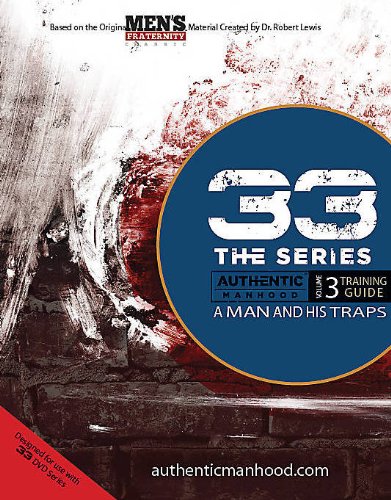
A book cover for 33 Series: A Man and His Traps (Member Book) (33 the Series); Men's Fraternity; Christian Books & Bibles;